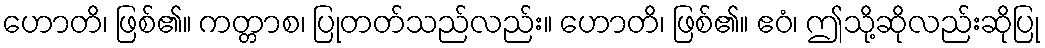
ဟောတိ၊ ဖြစ်၏။ ကတ္တာစ၊ ပြုတတ်သည်လည်း။ ဟောတိ၊ ဖြစ်၏။ ဧဝံ၊ ဤသို့ဆိုလည်းဆိုပြု